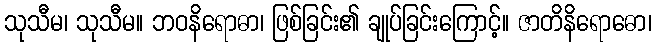
သုသီမ၊ သုသီမ။ ဘဝနိရောဓာ၊ ဖြစ်ခြင်း၏ ချုပ်ခြင်းကြောင့်။ ဇာတိနိရောဓော၊